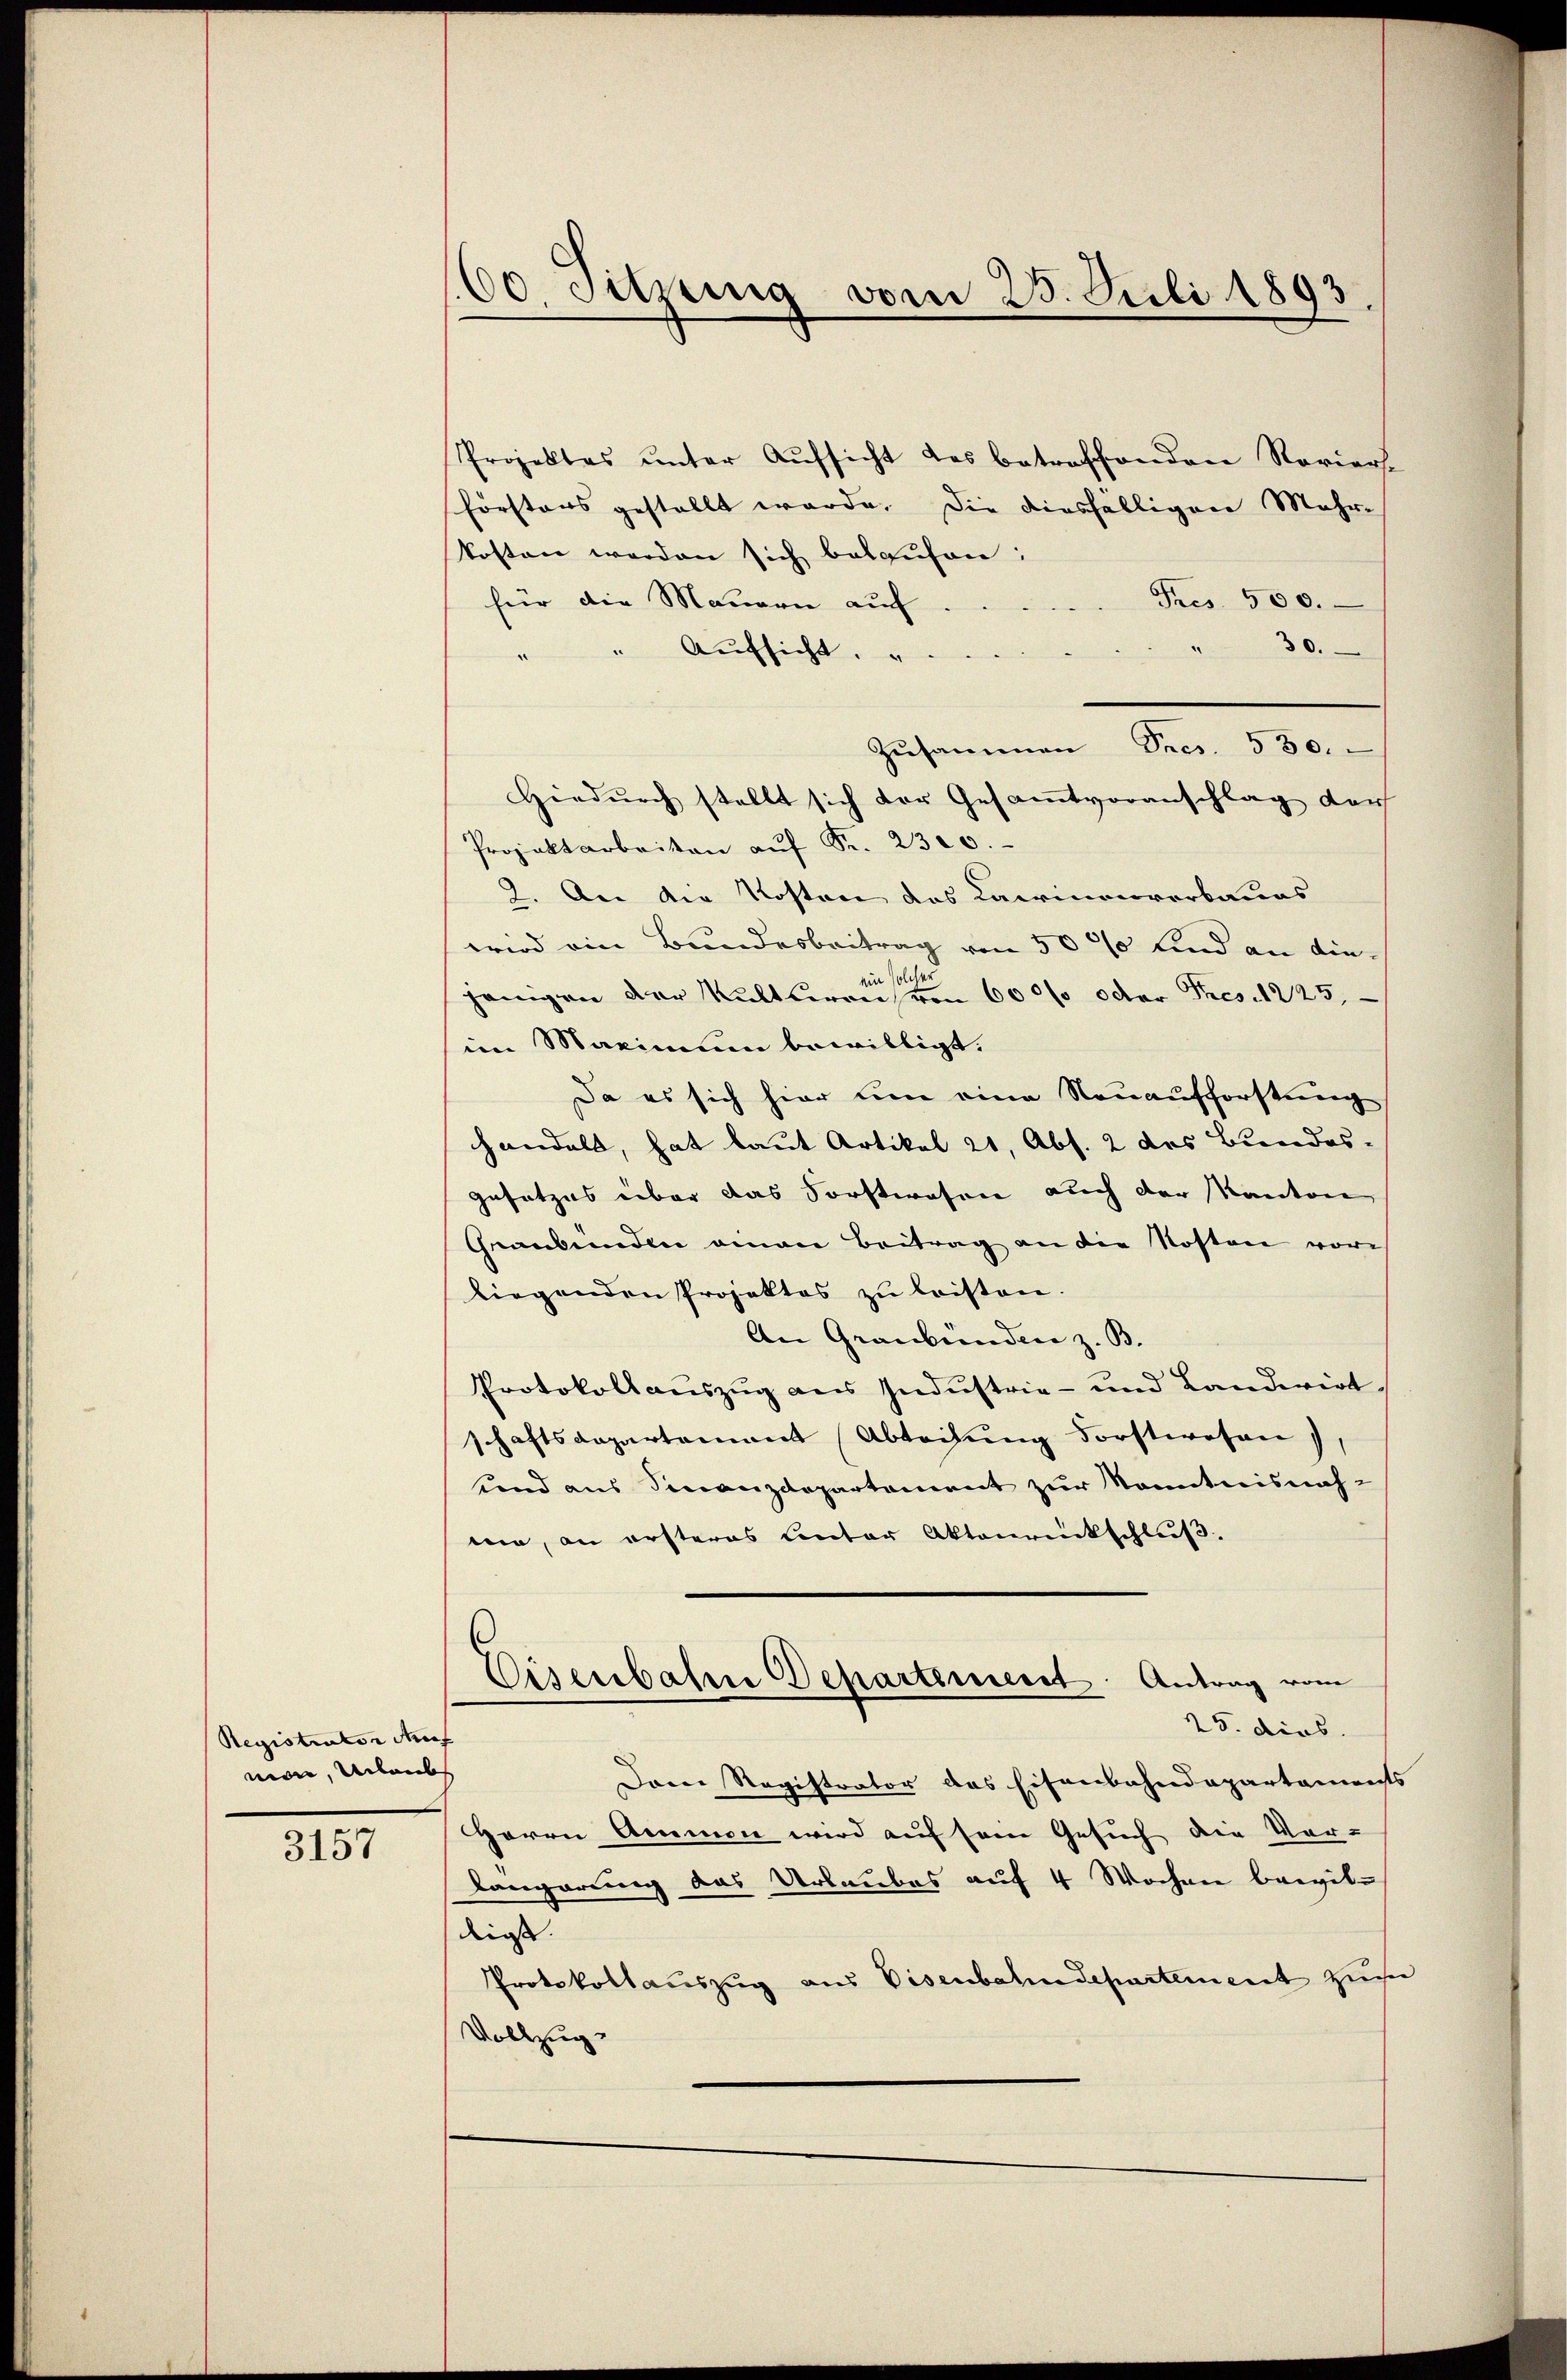
Registrator Auf
men, Ulanb

3157

60. Sitzung vom 25. Juli 1893

Projektes unter Aufsicht des betreffenden Roviers.
försters gestellt werde. Die diesfälligen Mehr-
kosten werden sich belaufen:
Fres. 500.
für die Mauern auf
" 30.
" Aufsicht. "
Zusammen Pres. 530.
Hiedurch stellt sich der Gesammtvoranschlag der
Projektarbeiten aŭf Fr. 2300.
2. An die Kosten des Casinonverbaues
wird ein Bundesbeitrag von 5000 Kind an diehänigen der Kaltbereinen 6000 oder Fres. 1225,
im Maximum bewilligt.
Da es sich hier um eine Neuaufforstung
handelt, hat laut Artikel 21, Abs. 2 des Bundes-
gesetzes über das Forstwesen auch der Kanton
Graubünden einen Beitrag an die Kosten vor-
liegenden Projektes zu leisten.
An Graubünden z. B.
Protokollauszug aus Industrie- und Landwirt
schaftsdepartement Abteilung Forstwesen,
und aus Finanzdepartement zur Kenntnisnahein, an ersteres Unter Aktenrückschluß.
Eisenbahne Departement. Antrag vom
25. dies.
Daren Registrator das Eisenbahndepartaments
Herrn Ammen wird auf sein Gesuch die Vor-
längerung das Urlaubes auf 4 Wochen bewildienste. |
Protokollauszug aus Visenbahndepartement zum
Vollzug